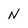
Character: N